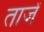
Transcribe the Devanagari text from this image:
ताजें